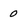
Character: 0